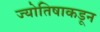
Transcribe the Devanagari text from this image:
ज्योतिषाकडून